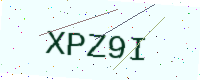
Text: XPZ9I